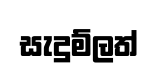
සැදුම්ලත්